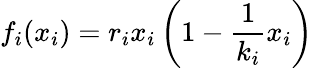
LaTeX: {f}_{i}(x_{i})=r_{i}x_{i}\left(1-\frac{1}{k_{i}}x_{i}\right)